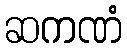
ဆကဏံ